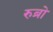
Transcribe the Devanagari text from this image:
रुब्रो